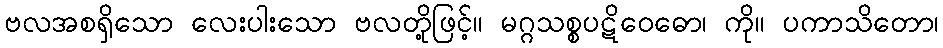
ဗလအစရှိသော လေးပါးသော ဗလတို့ဖြင့်။ မဂ္ဂသစ္စပဋိဝေဓော၊ ကို။ ပကာသိတော၊